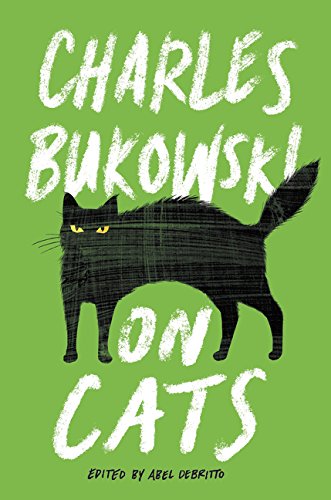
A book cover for On Cats; Charles Bukowski; Literature & Fiction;